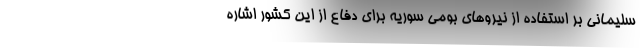
سلیمانی بر استفاده از نیروهای بومی سوریه برای دفاع از این کشور اشاره